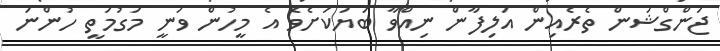
ޖަންގްޝަން ތެރެއިން އަލިފާން ނިއްވާ ބަޔަަކަށެވެ އެ މީހުން ވަނީ މަގުމަތީ ހުންނަ